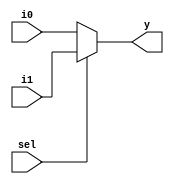
module mux2to1 #(parameter WIDTH = 8) (i0, i1, sel, y);
    input [WIDTH-1:0] i0, i1;
    input sel;
    output [WIDTH-1:0] y;
    
    assign y = (sel == 1'b1) ? i1 : i0;
    
endmodule